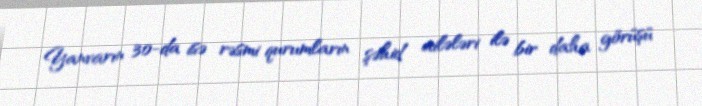
Yanvarın 30-da isə rəsmi qurumların şəhid ailələri ilə bir daha görüşü